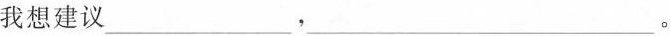
我想建议___，___。